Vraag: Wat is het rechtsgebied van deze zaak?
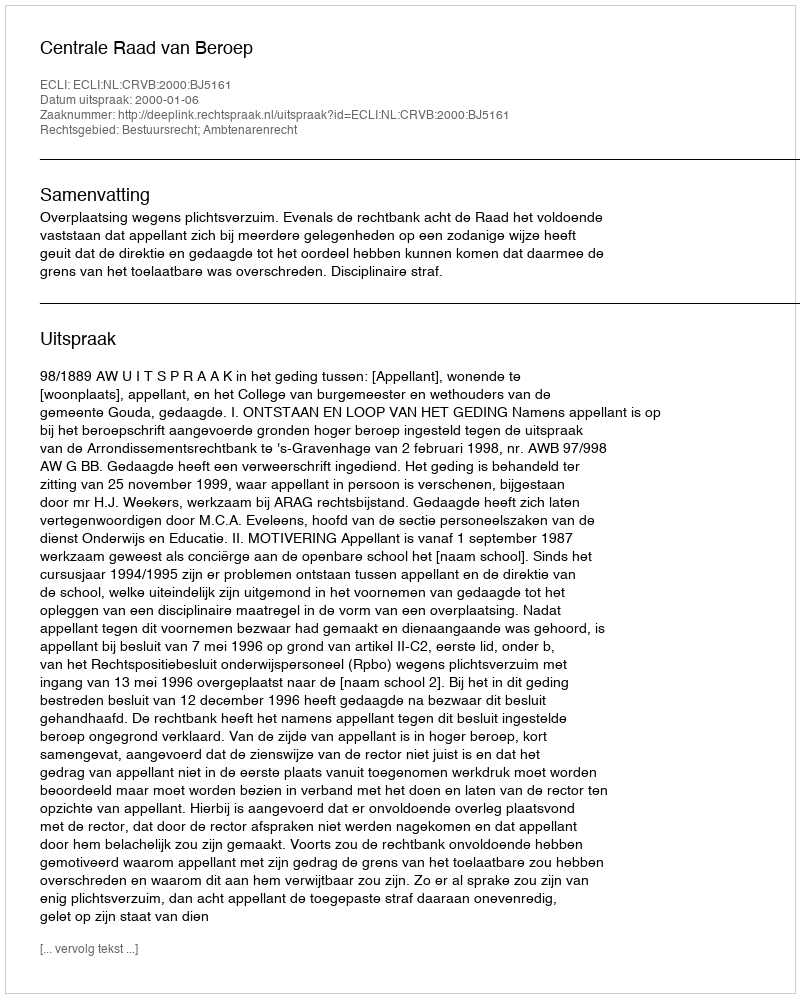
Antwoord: Bestuursrecht; Ambtenarenrecht